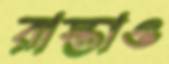
রাস্তাও